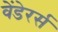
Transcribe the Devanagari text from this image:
वेंडेरर्स